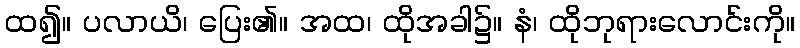
ထ၍။ ပလာယိ၊ ပြေး၏။ အထ၊ ထိုအခါ၌။ နံ၊ ထိုဘုရားလောင်းကို။